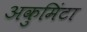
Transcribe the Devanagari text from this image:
अकुमिंटा